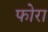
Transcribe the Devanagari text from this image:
फोरा